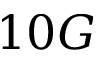
1 0 G